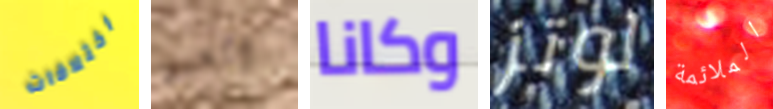
اختلافات السبق وكانا لوتز الملائمة